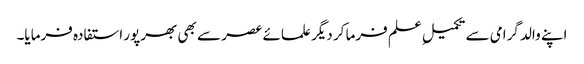
اپنے والد گرامی سے تکمیلِ علم فرما کر دیگر علمائے عصر سے بھی بھرپور استفادہ فرمایا۔